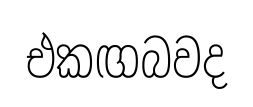
එකඟබවද